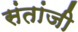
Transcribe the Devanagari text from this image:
संतांजी